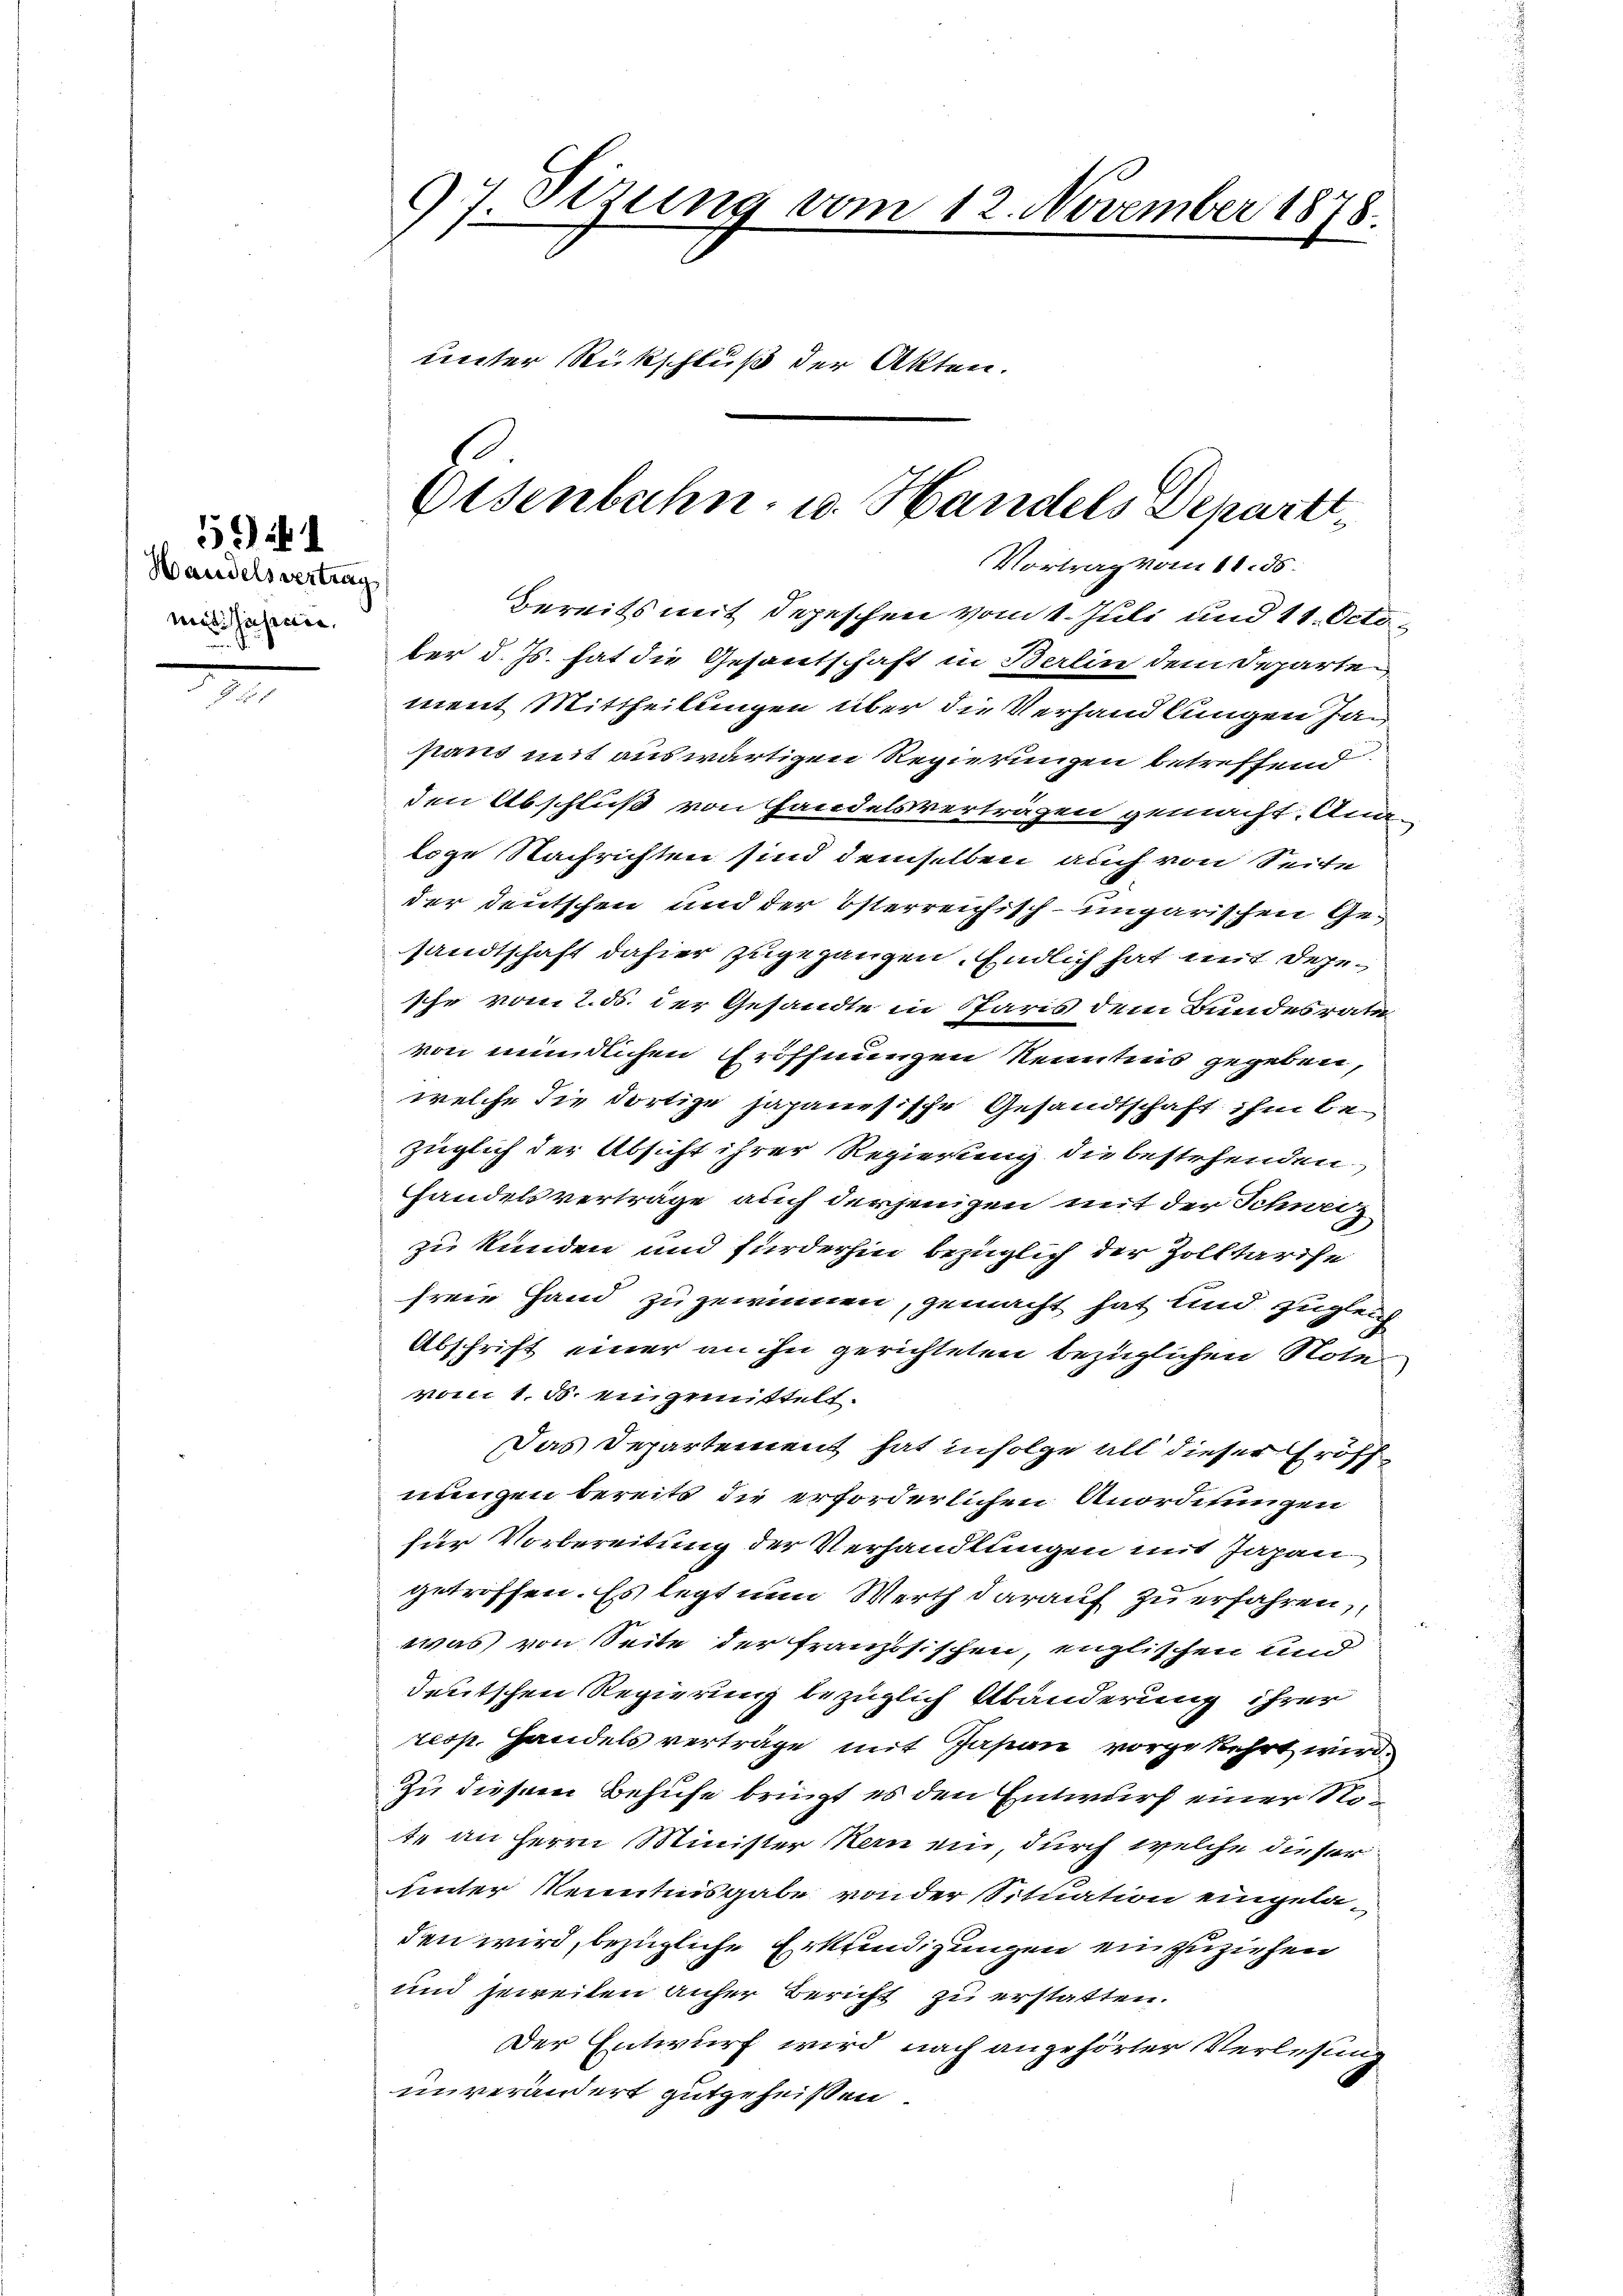
Handelsvertrag
voisi unserien.

5941

97. Sizung vom 12. November 1878.
unter Rückschluß der Akten.

bereits mit Depeschen vom 1. Juli und 11. Octo
ber d. Js. hat die Gesantschaft in Berlin dem Separte
ment Mittheilungen über die Verhandlungen Japans mit auswärtigen Regierungen betreffend
den Abschluß von Handelsverträgen gemacht. Ani-
loge Nachrichten sind demselben auch von Seite
der deutschen und der österreichisch-ungarischen Gesandtschaft dahier zugegangen. Endlich hat mit depesche vom 2. ds. der Gesandte in Paris dem Bundesrate
von mündlichen Eröffnungen Kenntnis gegeben,
welche die dortige japanesische Gesandtschaft ihm bezüglich der Absicht ihrer Regierung die bestehenden
handelsverträge auch derjenigen mit der Schweiz
zu kunden und fürderhin bezüglich der Zolltarise
freie Hand zugewinnen, gemacht hat sind zugleich
Abschrift einer an ihn gerichteten bezüglichen Note
vom 1. d. eingemittelt.
Das Departement hat infolge all dieser Eröff
nungen bereits die erforderlichen Anordnungen
für Vorbereitung der Verhandlungen mit Japangetroffen. Es legt nun Werth darauf zu erfahren,
was von Seite der französischen, englischen und
deutschen Regierung bezüglich Abänderung ihrer
resp. Handels verträge mit Japan vorgekehrt wird.
Zu diesem Behufe bringt es den Entwurf einer No¬
1. an Herrn Minister Kern ein, durch welche dieser
unter Kenntnisgabe von der Situation eingeladen wird, bezügliche Erkundigungen einzuziehen
und jeweiten anher Bericht zu erstatten.
Der Entwurf wird nach angehörter Verlesung
unverändert gutgeheißen.

Eisenbahn u. Handels Departt
Vortrag vom 11. ds.